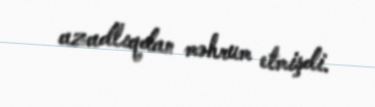
azadlıqdan məhrum etmişdi.